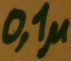
Text: 0,1µ